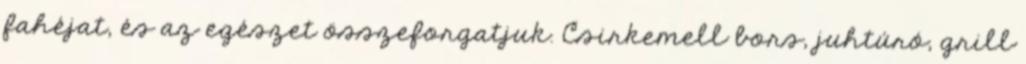
fahéjat, és az egészet összeforgatjuk. Csirkemell bors, juhtúró, grill